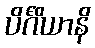
ပိင်္ဂိယာနိ